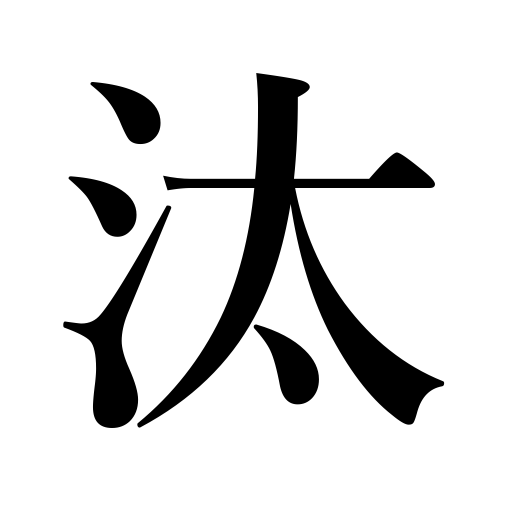
Meanings: luxury,select